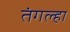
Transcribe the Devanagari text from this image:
तंगल्हा